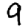
Digit: 9